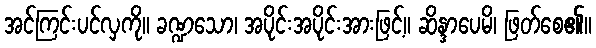
အင်ကြင်းပင်လှကို။ ခဏ္ဍသော၊ အပိုင်းအပိုင်းအားဖြင့်။ ဆိန္ဒာပေမိ၊ ဖြတ်စေ၏။